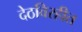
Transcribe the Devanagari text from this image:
देठविरहीत